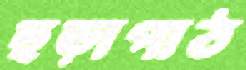
ছড়াপাঠ